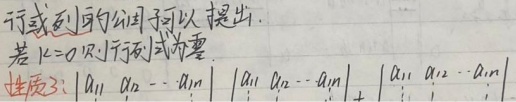
行或列的公因子可以提出。若 \(k = 0\) 则行列式为零。性质 3: \(\begin{vmatrix}a_{11}&a_{12}&\cdots&a_{1n}\\ka_{21}&ka_{22}&\cdots&ka_{2n}\\a_{31}&a_{32}&\cdots&a_{3n}\\\vdots&\vdots&\ddots&\vdots\\a_{n1}&a_{n2}&\cdots&a_{nn}\end{vmatrix}=k\begin{vmatrix}a_{11}&a_{12}&\cdots&a_{1n}\\a_{21}&a_{22}&\cdots&a_{2n}\\a_{31}&a_{32}&\cdots&a_{3n}\\\vdots&\vdots&\ddots&\vdots\\a_{n1}&a_{n2}&\cdots&a_{nn}\end{vmatrix}\) 。